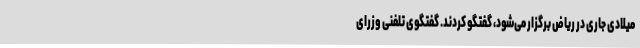
میلادی جاری در ریاض برگزار می‌شود، گفتگو کردند. گفتگوی تلفنی وزرای